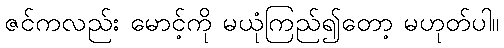
ဇင်ကလည်း မောင့်ကို မယုံကြည်၍တော့ မဟုတ်ပါ။